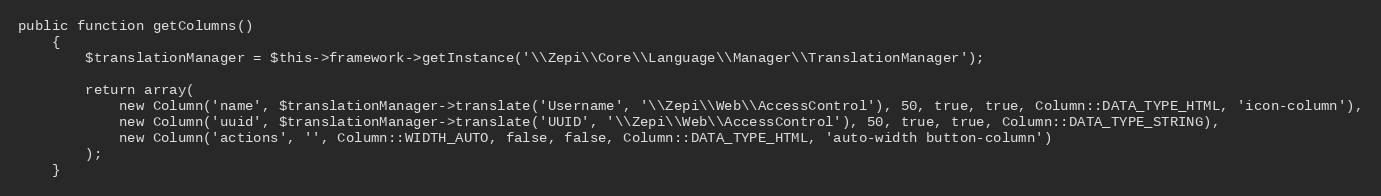
Language: PHP
public function getColumns()
    {
        $translationManager = $this->framework->getInstance('\\Zepi\\Core\\Language\\Manager\\TranslationManager');

        return array(
            new Column('name', $translationManager->translate('Username', '\\Zepi\\Web\\AccessControl'), 50, true, true, Column::DATA_TYPE_HTML, 'icon-column'),
            new Column('uuid', $translationManager->translate('UUID', '\\Zepi\\Web\\AccessControl'), 50, true, true, Column::DATA_TYPE_STRING),
            new Column('actions', '', Column::WIDTH_AUTO, false, false, Column::DATA_TYPE_HTML, 'auto-width button-column')
        );
    }